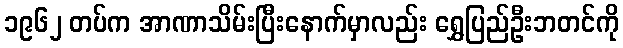
၁၉၆၂ တပ်က အာဏာသိမ်းပြီးနောက်မှာလည်း ရွှေပြည်ဦးဘတင်ကို